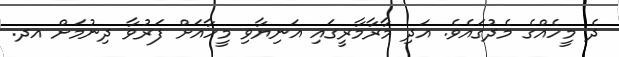
ދެ މީހެއްގެ މެދުގައެވެ. އަދި މާރާމާރީގައި އަނިޔާވި މީހާއަށް ފަރުވާ ދިނުމަށް އދ.